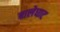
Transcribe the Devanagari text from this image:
वालेघाट